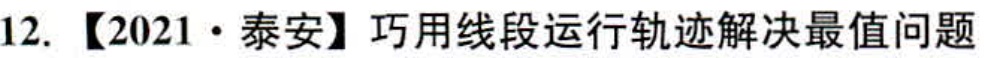
12. 【2021·泰安】巧用线段运行轨迹解决最值问题